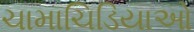
ચામાચિડિયાઓ